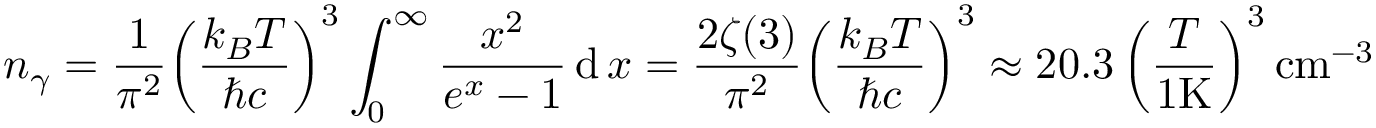
n _ { \gamma } = { \frac { 1 } { \pi ^ { 2 } } } { \left( { \frac { k _ { B } T } { \hbar c } } \right) } ^ { 3 } \int _ { 0 } ^ { \infty } { \frac { x ^ { 2 } } { e ^ { x } - 1 } } \operatorname { d } x = { \frac { 2 \zeta ( 3 ) } { \pi ^ { 2 } } } { \left( { \frac { k _ { B } T } { \hbar c } } \right) } ^ { 3 } \approx 2 0 . 3 \left( { \frac { T } { 1 { \mathrm { K } } } } \right) ^ { 3 } { \mathrm { c m } } ^ { - 3 }